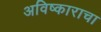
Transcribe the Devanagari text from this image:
अविष्काराचा